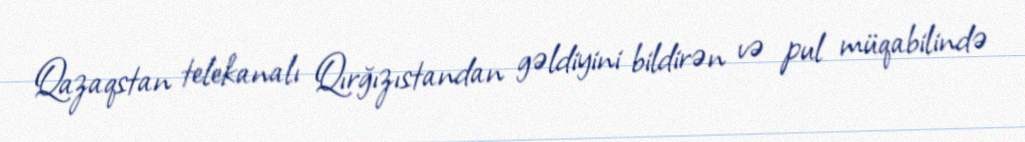
Qazaqstan telekanalı Qırğızıstandan gəldiyini bildirən və pul müqabilində